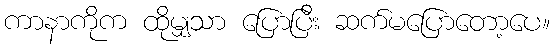
ကာနာကိုက ထိုမျှသာ ပြောပြီး ဆက်မပြောတော့ပေ။